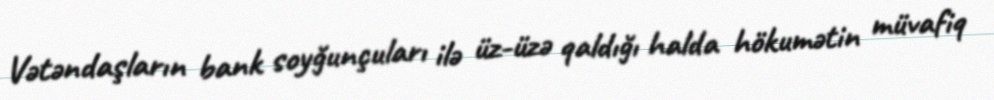
Vətəndaşların bank soyğunçuları ilə üz-üzə qaldığı halda hökumətin müvafiq